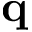
\mathbf { q }